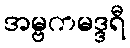
အမ္ဗကမဒ္ဒရီ